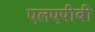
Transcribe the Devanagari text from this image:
एलएपीबी